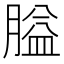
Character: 膉